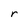
Character: r